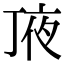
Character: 𠅗